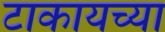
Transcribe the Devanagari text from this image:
टाकायच्या